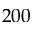
2 0 0